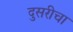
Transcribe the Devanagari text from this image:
दुसरीचा